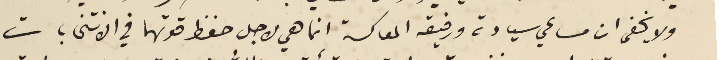
ولا يخفى ان مساعي سيادته ورفيقه المعاكسة انما هي لاجل حفظ قوتهما في الانتخابات